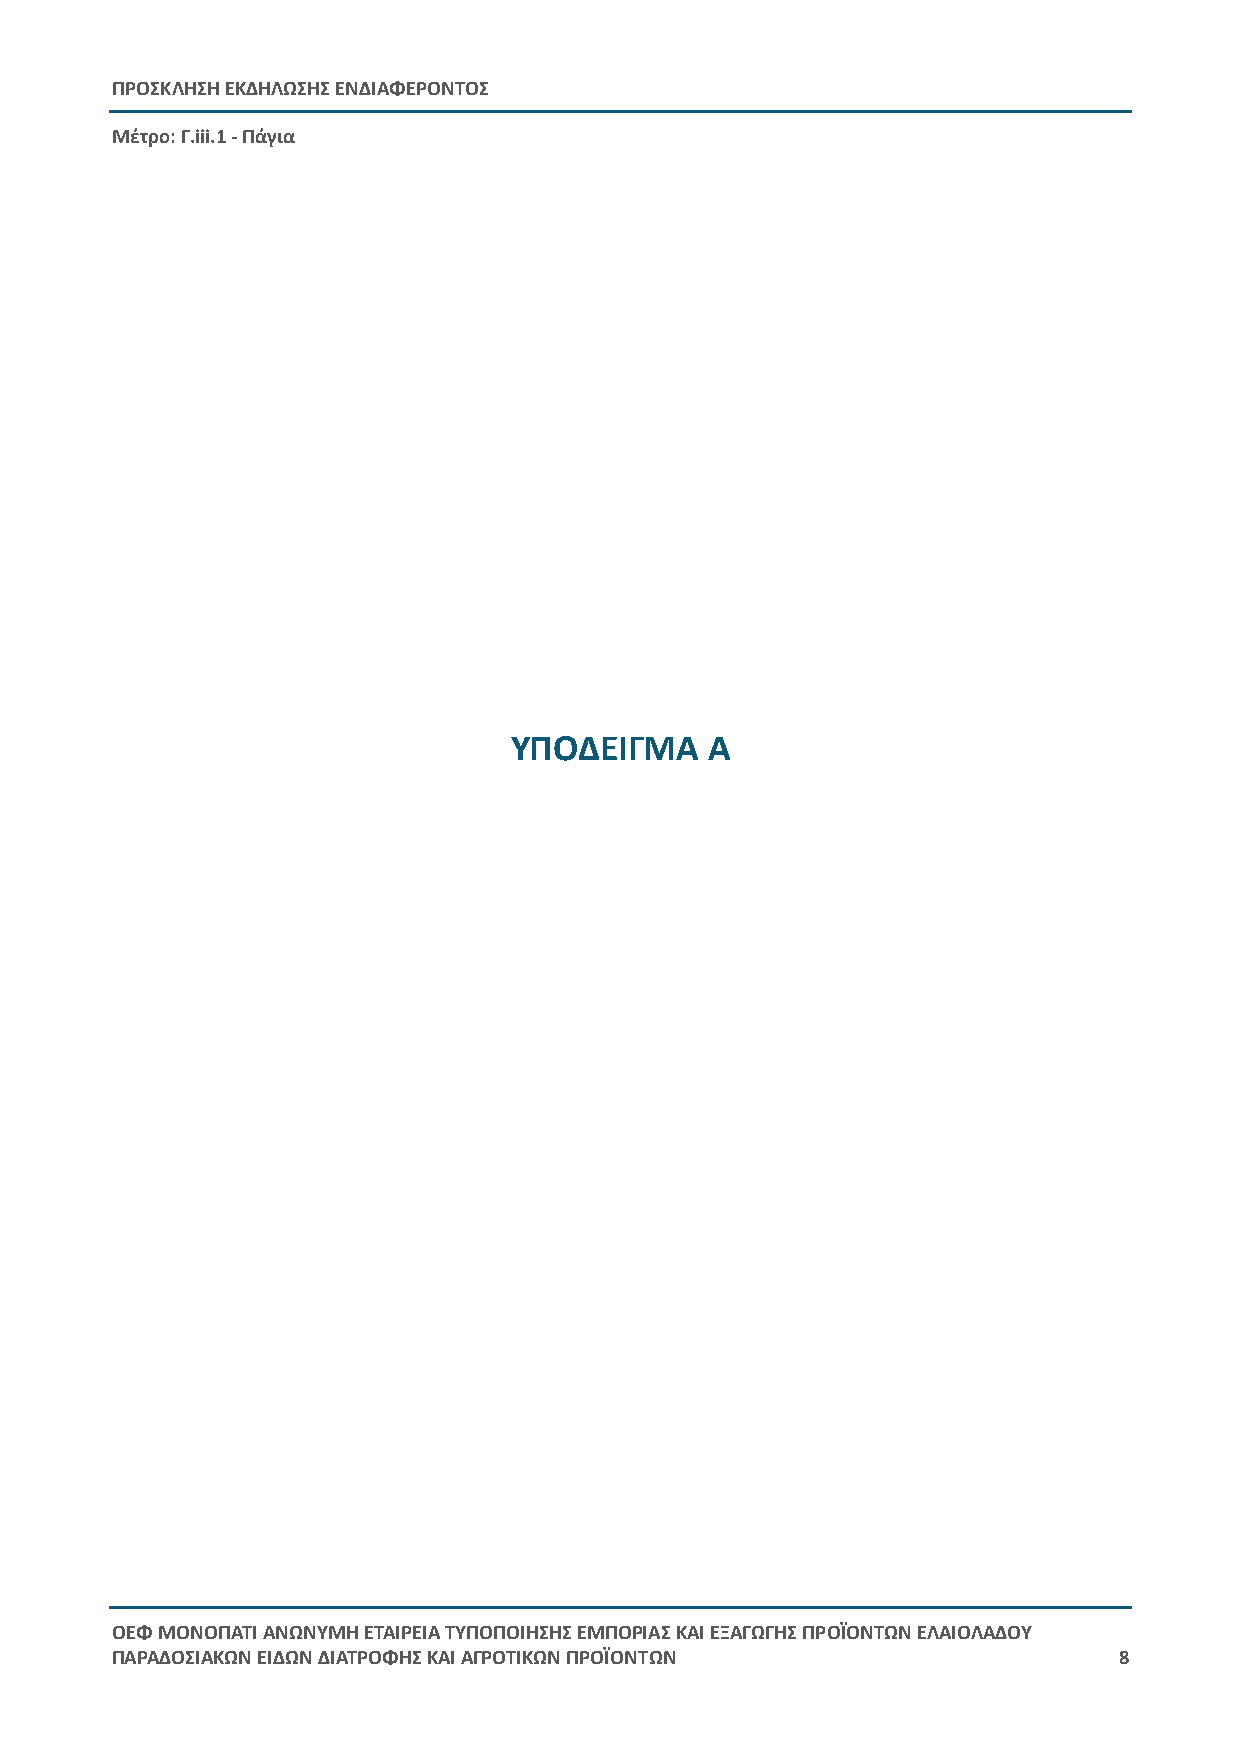
ΠΡΟΣΚΛΗΣΗ ΕΚΔΗΛΩΣΗΣ ΕΝΔΙΑΦΕΡΟΝΤΟΣ
 Μέτρο: Γ.iii.1 - Πάγια
 ΥΠΟΔΕΙΓΜΑ    Α
 ΟΕΦ ΜΟΝΟΠΑΤΙ ΑΝΩΝΥΜΗ ΕΤΑΙΡΕΙΑ ΤΥΠΟΠΟΙΗΣΗΣ ΕΜΠΟΡΙΑΣ ΚΑΙ ΕΞΑΓΩΓΗΣ ΠΡΟΪΟΝΤΩΝ ΕΛΑΙΟΛΑΔΟΥ
 ΠΑΡΑΔΟΣΙΑΚΩΝ ΕΙΔΩΝ ΔΙΑΤΡΟΦΗΣ ΚΑΙ ΑΓΡΟΤΙΚΩΝ ΠΡΟΪΟΝΤΩΝ               8